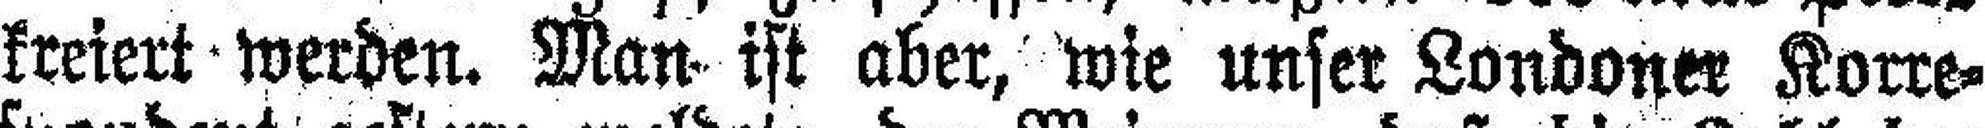
kreiert werden. Man ist aber, wie unser Londoner Korre¬